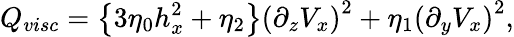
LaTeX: Q_{visc}=\left\{ 3\eta_{0}h_{x}^{2}+\eta_{2}\right\} \left(\partial_{z}V_{x}\right)^{2}+\eta_{1}\left(\partial_{y}V_{x}\right)^{2},